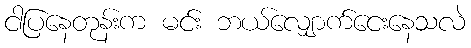
ငါပြနေတုန်းက မင်း ဘယ်လျှောက်ငေးနေသလဲ